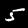
Digit: 5